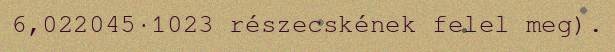
6,022045·1023 részecskének felel meg).